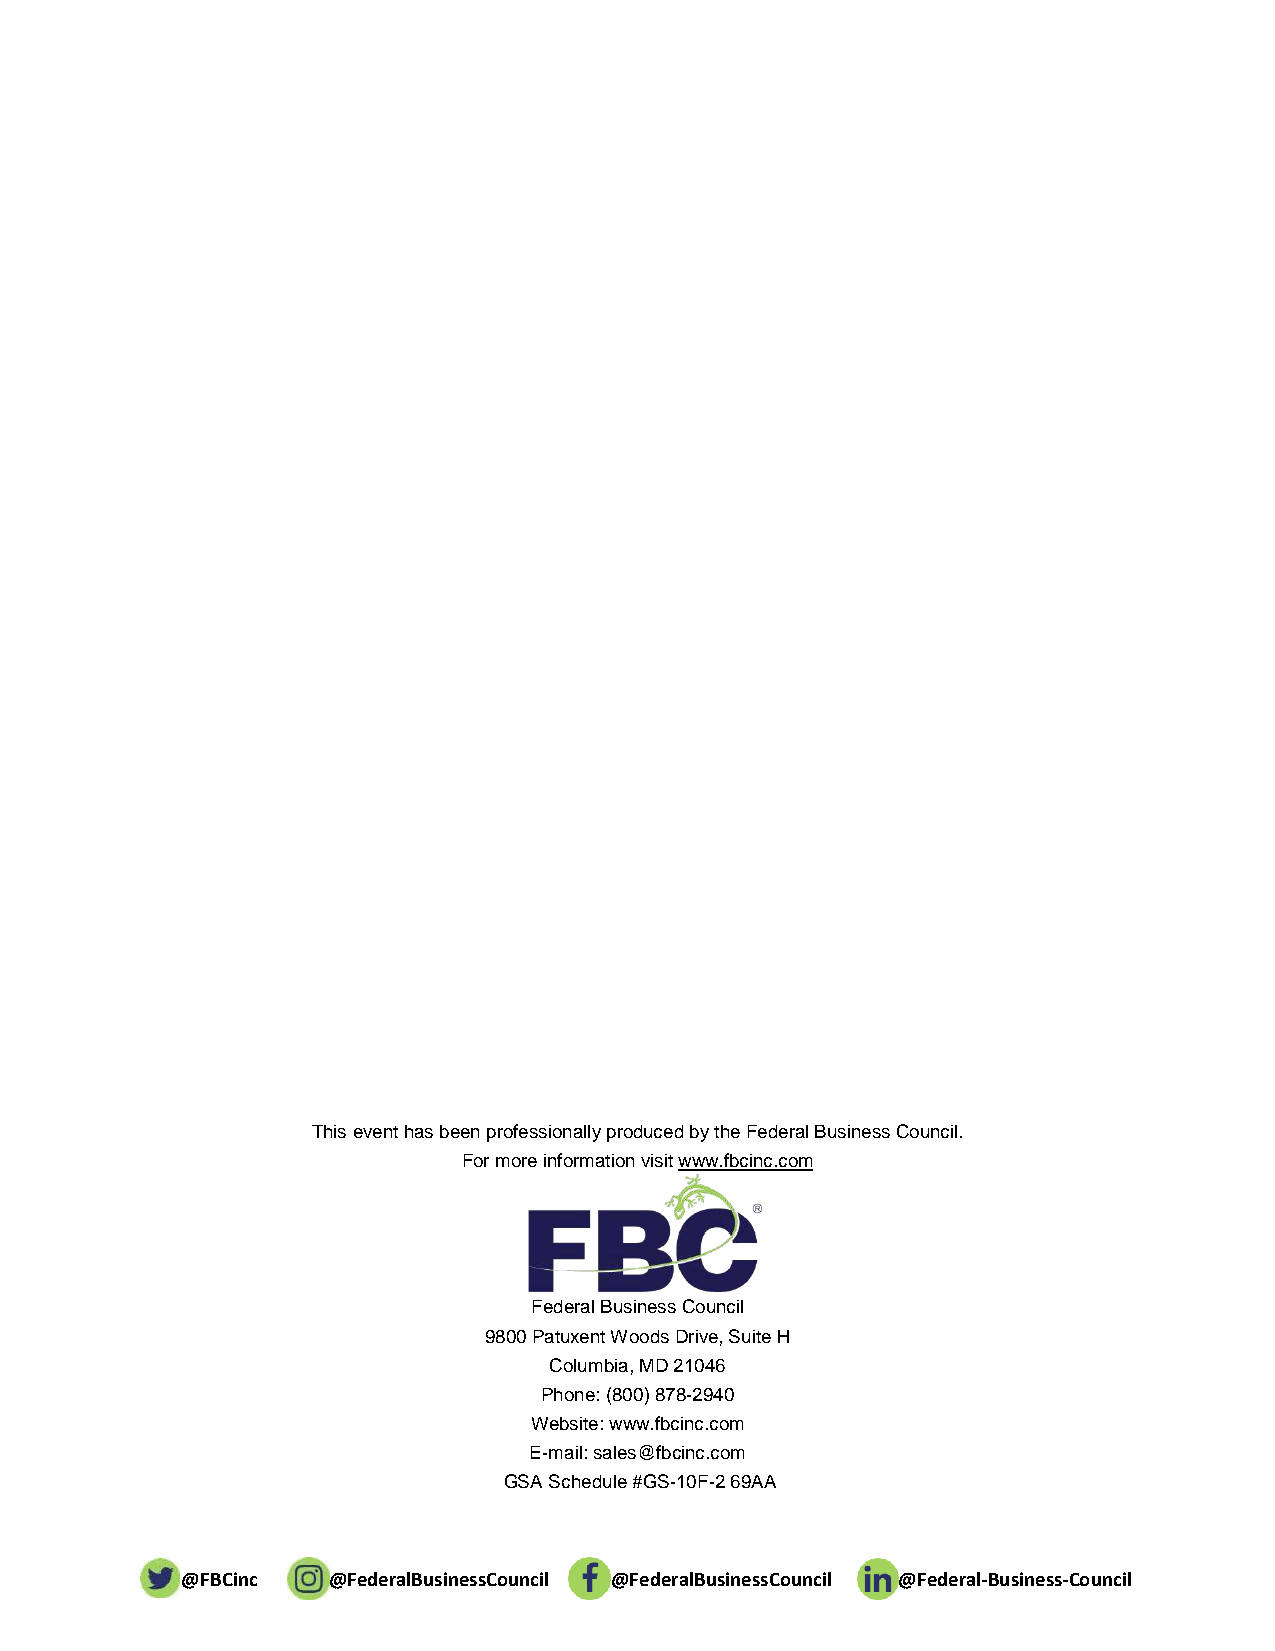
This event has been professionally produced by the Federal Business Council.
 For more information visit www.fbcinc.com
 Federal Business Council
 9800 Patuxent Woods Drive, Suite H
 Columbia, MD 21046
 Phone: (800) 878-2940
 Website: www.fbcinc.com
 E-mail: sales@fbcinc.com
 GSA Schedule #GS-10F-2 69AA
 @FBCinc   @FederalBusinessCouncil @FederalBusinessCouncil @Federal-Business-Council